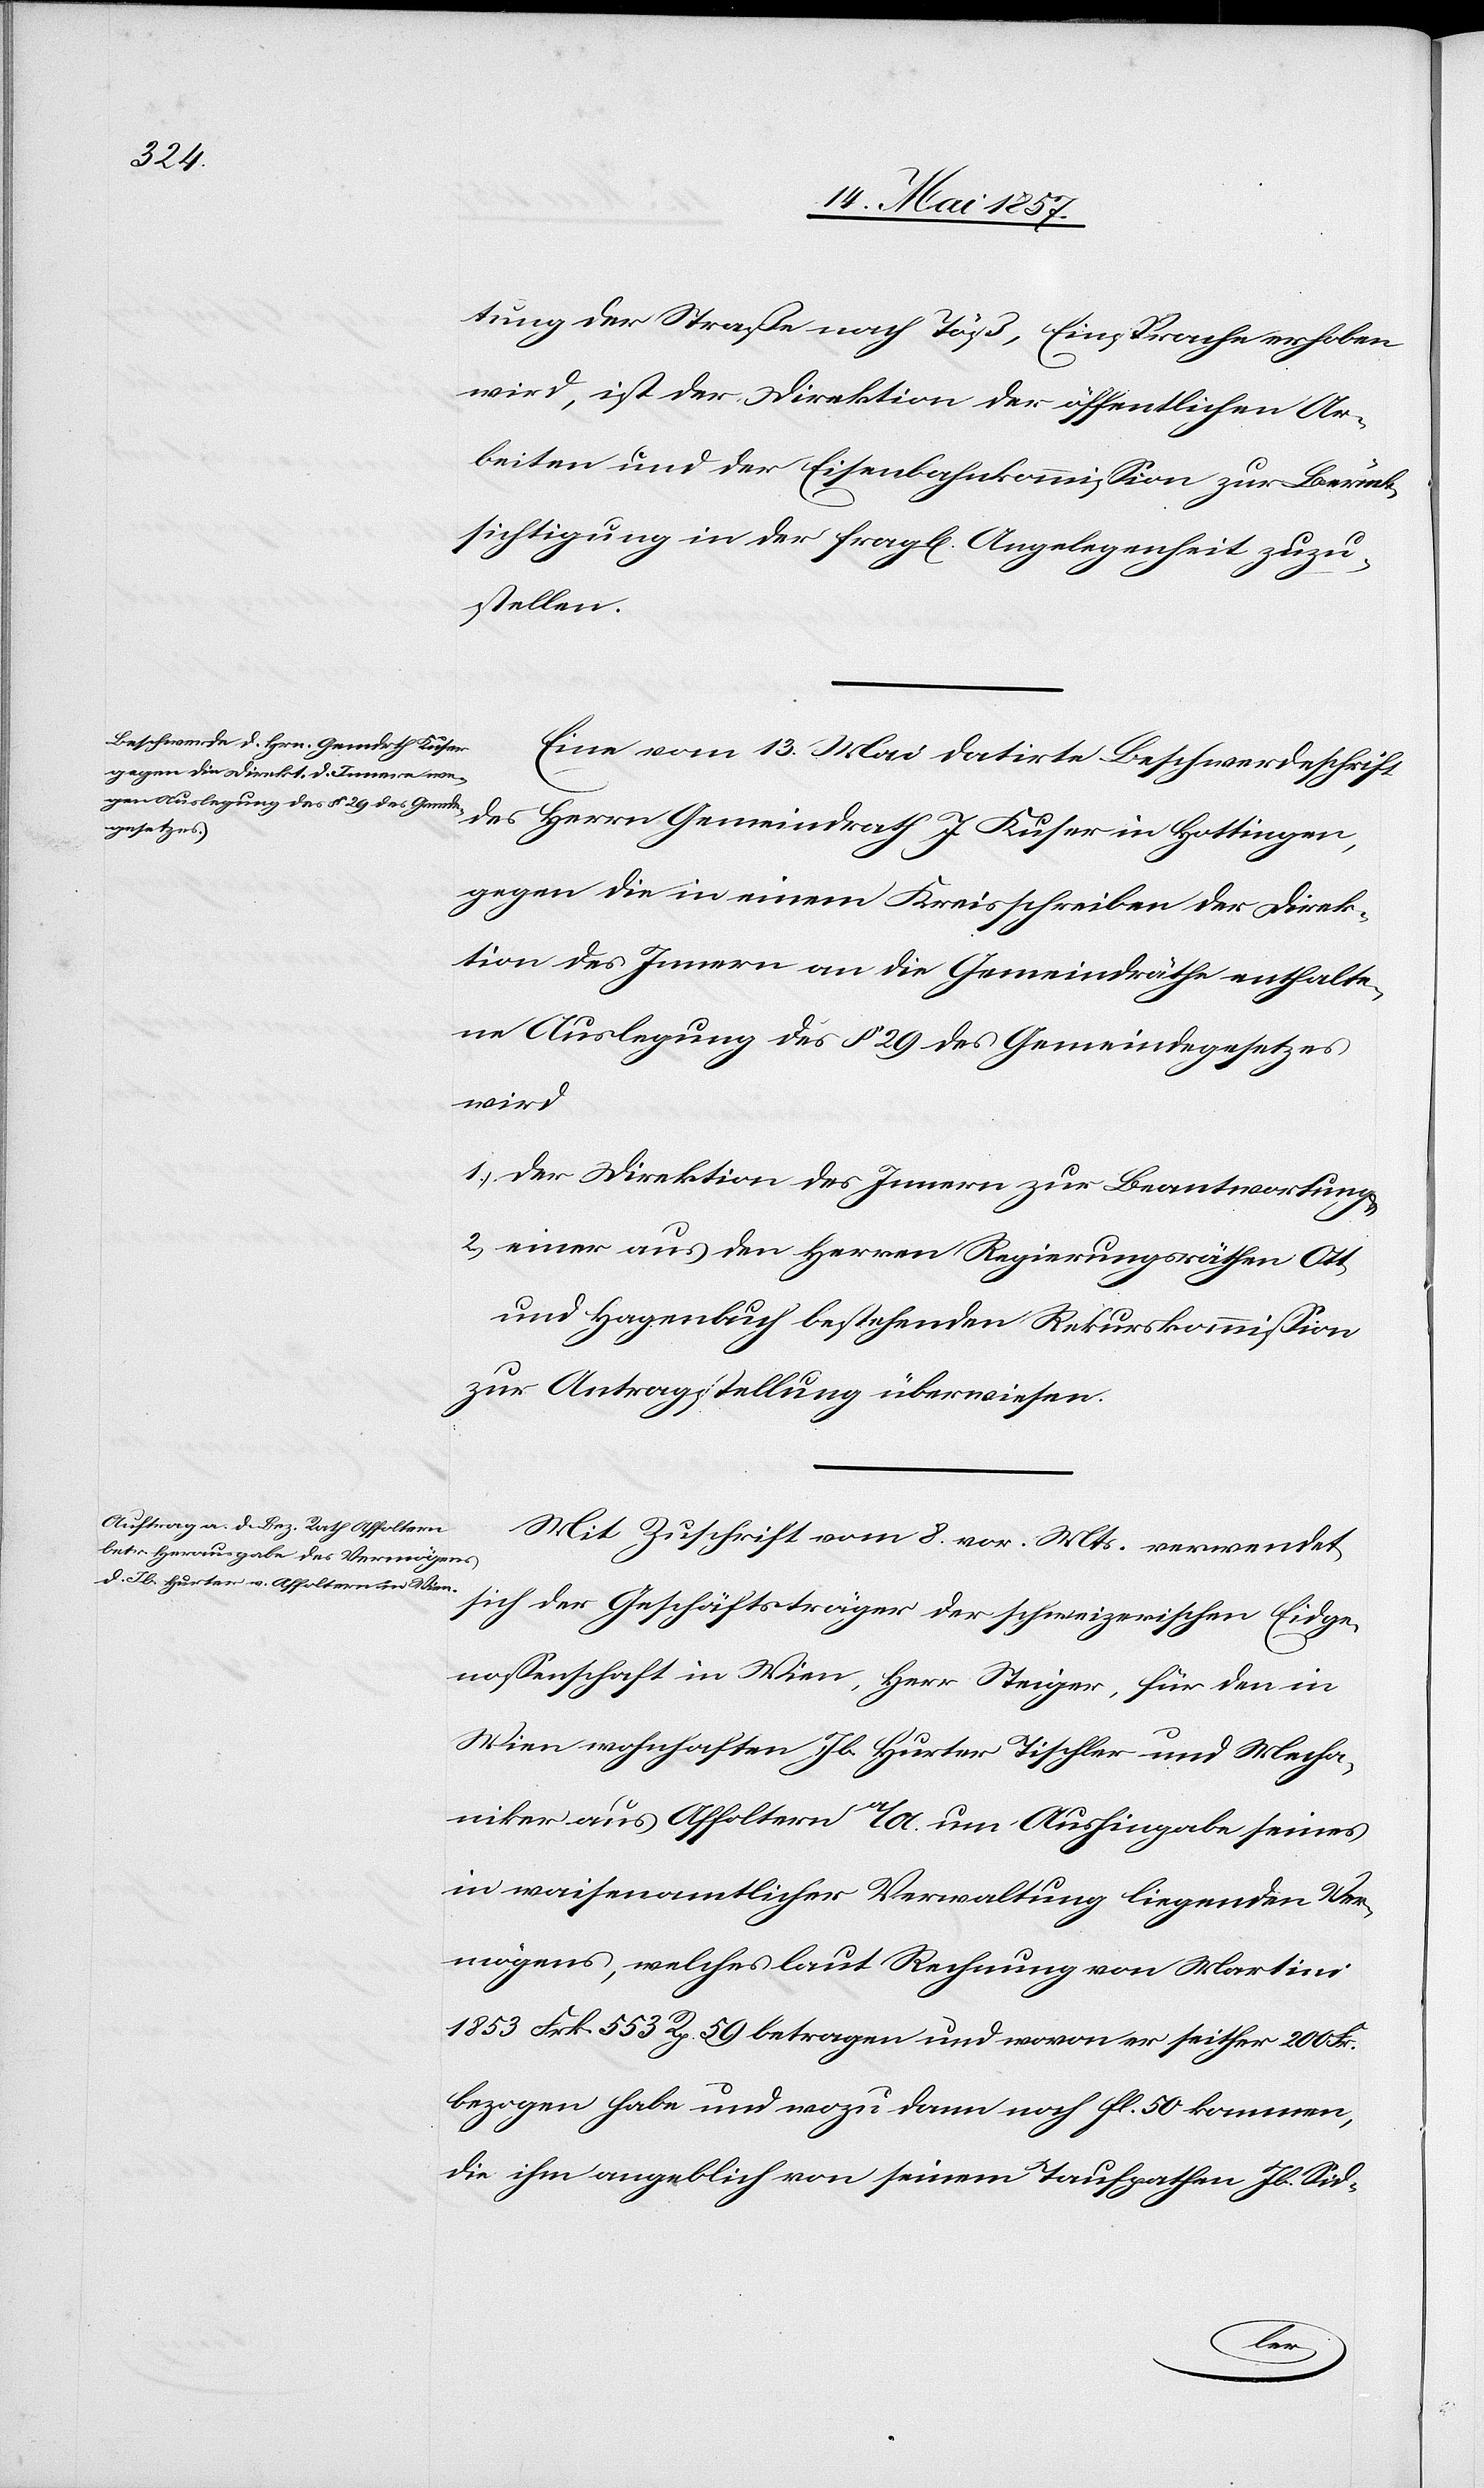
tung der Straße nach Töß, Einsprache erhoben
wird, ist der Direktion der öffentlichen Ar¬
beiten und der Eisenbahnkommission zur Berück¬
sichtigung in der fragl[ichen] Angelegenheit zuzu¬
stellen.
Eine vom 13 Mai datirte Beschwerdeschrift
des Herrn Gemeindrath J. Kuser in Hottingen,
gegen die in einem Kreisschreiben der Direk¬
tion des Innern an die Gemeindsräthe enthalte¬
ne Auslegung des § 29 des Gemeindegesetzes
wird
1.) Der Direktion des Innern zur Beantwortung
2.) einer aus den Herren Regierungsräthen Ott
und Hagenbuch bestehenden Rekurskommission
zur Antragstellung überwiesen.
Mit Zuschrift vom 8 v. Mts. verwendet
sich der Geschäftsträger der schweizerischen Eidge¬
nossenschaft in Wien, Herr Steiger, für den in
Wien wohnhaften Jb. Hurter Tischler und Mecha¬
niker aus Affoltern a/A. um Aushingabe seines
in waisenamtlicher Verwaltung liegenden Ver¬
mögens, welches laut Rechnung von Martini
1853 Frk. 553 R. 59 betragen und wovon er seither 200 Fr.
bezogen habe und wozu dann noch fl. 50 kommen,
die ihm angeblich von seinem Taufpathen Jb. Sid-